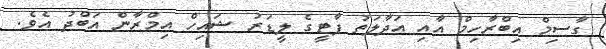
ގާސިމް އިބްރާހިމް އާއި އަދާލަތު ޕާޓީގެ ލީޑަރު ޝައިހް އިމްރާން އަބްދު އެވެ.